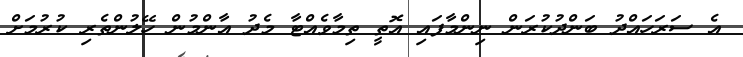
އެ ސަރަހައްދު ބަންދުކުރަން ނިންމާފައި އޮތީ ތިމާވެއްޓާ މެދު އާންމުން ހޭލުންތެރި ކުރުމަށް